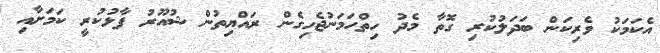
އެކަމަކު ވެރިކަން ބަދަލުކުރި ގޮތާ މެދު ހިތްހަމަނުޖެހިގެން ރައްޔިތުން ޝުއޫރު ފާޅުކުރީ ކަމަށާއި